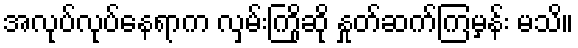
အလုပ်လုပ်နေရာက လှမ်းကြိုဆို နှုတ်ဆက်ကြမှန်း မသိ။